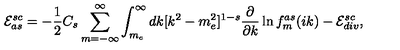
{ \cal E } _ { a s } ^ { s c } = - \frac 1 2 C _ { s } \sum _ { m = - \infty } ^ { \infty } \int _ { m _ { e } } ^ { \infty } d k [ k ^ { 2 } - m _ { e } ^ { 2 } ] ^ { 1 - s } \frac { \partial } { \partial k } \ln f _ { m } ^ { a s } ( i k ) - { \cal E } _ { d i v } ^ { s c } ,